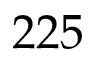
2 2 5